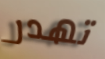
تهدر